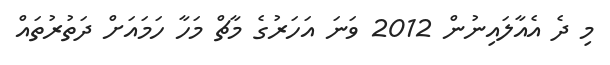
މި ދެ އެއާލައިނުން 2012 ވަނަ އަހަރުގެ މާޗް މަހާ ހަމައަށް ދަތުރުތައް